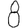
Digit: 8